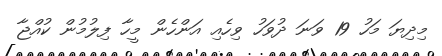
މިދިޔަ މަހު 19 ވަނަ ދުވަހު ވިހެއި އަންހެން މީހާ ފިލުމުން ކުއްޖާ